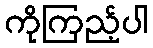
ကိုကြည့်ပါ